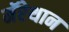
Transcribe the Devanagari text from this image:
मॅरेथान